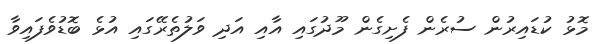
މޮޅު ކުޑައިރުން ސުރެން ފެށިގެން މޫދުގައި އާއި އަދި ވަލުތެރޭގައި އުޅެ ބޮޑުވެފައިވާ